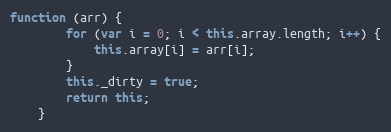
Language: JavaScript
function (arr) {
        for (var i = 0; i < this.array.length; i++) {
            this.array[i] = arr[i];
        }
        this._dirty = true;
        return this;
    }